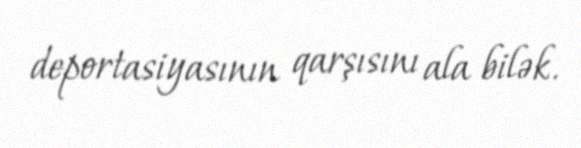
deportasiyasının qarşısını ala bilək.